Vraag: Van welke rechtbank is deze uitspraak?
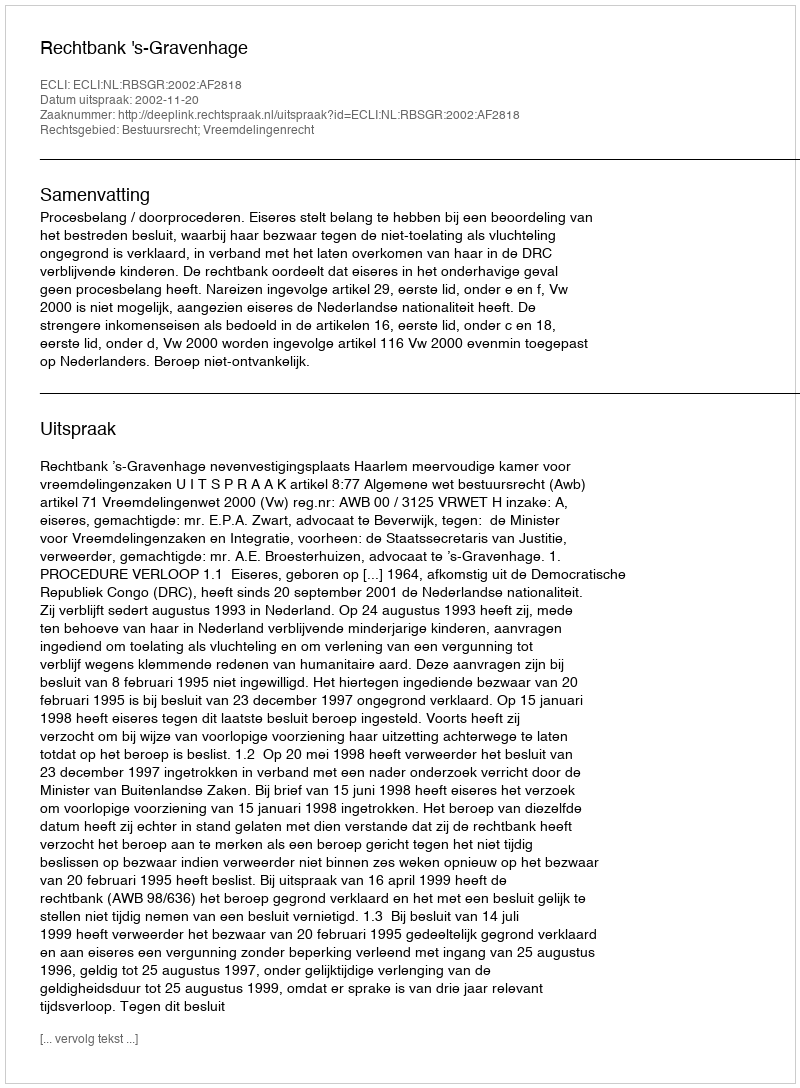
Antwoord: Rechtbank 's-Gravenhage